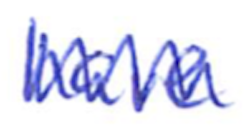
Text: have
Cross-out: zig-zag
Writing tool: ballpoint